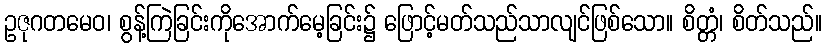
ဥဇုဂတမေဝ၊ စွန့်ကြဲခြင်းကိုအောက်မေ့ခြင်း၌ ဖြောင့်မတ်သည်သာလျင်ဖြစ်သော။ စိတ္တံ၊ စိတ်သည်။